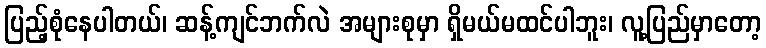
ပြည့်စုံနေပါတယ်၊ ဆန့်ကျင်ဘက်လဲ အများစုမှာ ရှိမယ်မထင်ပါဘူး၊ လူ့ပြည်မှာတော့